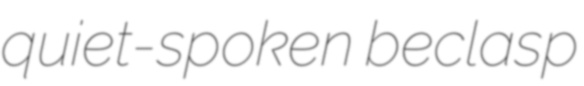
quiet-spoken beclasp